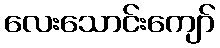
လေးသောင်းကျော်